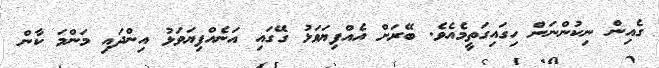
ގެއިން ނިކުންނަން ހިގައިގަތީމެއެވެ. ބޭރަށް އެއްފިޔަވަޅު ގޭގައި އަނެއްފިޔަވަޅު އިންދައި މަންމަ ކާން